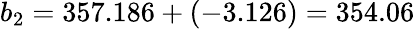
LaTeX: b_{2}=357.186+(-3.126)=354.06